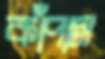
কাঁপাস